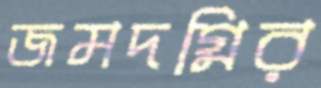
জমদগ্নির